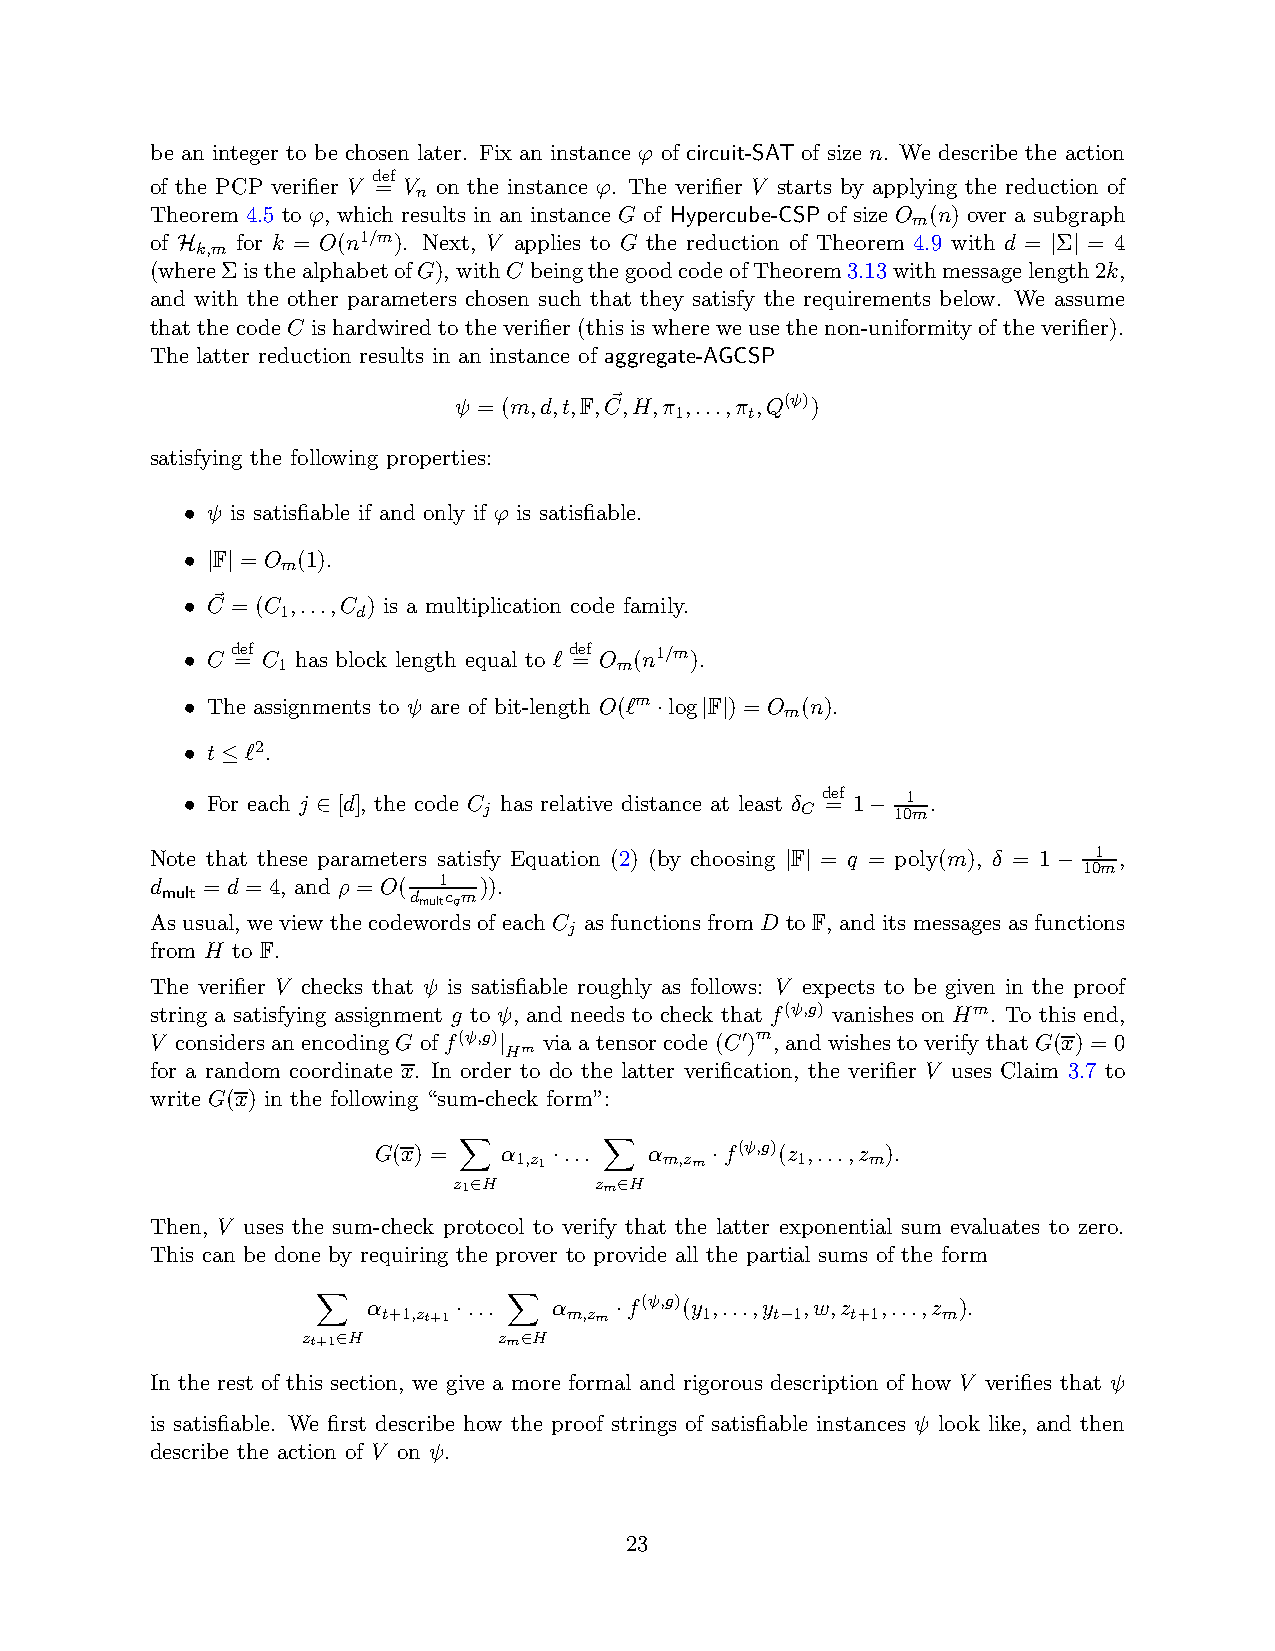
be an integer to be chosen later. Fix an instance ϕ of circuit-SAT of size n. We describe the action
 def
 of the PCP verifier V = V on the instance ϕ. The verifier V starts by applying the reduction of
 n
 Theorem 4.5 to ϕ, which results in an instance G of Hypercube-CSP of size O (n) over a subgraph
 m
 of    for k = O(n1/m). Next, V applies to G the reduction of Theorem 4.9 with d = Σ = 4
 k,m
 H                                                         | |
 (whereΣisthealphabetofG),withC beingthegoodcodeofTheorem3.13withmessagelength2k,
 and with the other parameters chosen such that they satisfy the requirements below. We assume
 that the codeC is hardwiredto the verifier (this is wherewe usethe non-uniformity of theverifier).
 The latter reduction results in an instance of aggregate-AGCSP
 ψ = (m,d,t,F,C~,H,π 1,...,π t,Q(ψ))
 satisfying the following properties:
 ψ is satisfiable if and only if ϕ is satisfiable.
 •
 F = O m(1).
 • | |
 C~ = (C ,...,C ) is a multiplication code family.
 1    d
 •
 C d =ef C has block length equal to ℓ d =ef O (n1/m).
 1                      m
 •
 The assignments to ψ are of bit-length O(ℓm log F )= O m(n).
 •                              ·  | |
 t ℓ2.
 •  ≤
 For each j [d], the code C has relative distance at least δ d =ef 1 1 .
 •        ∈          j                    C    − 10m
 Note that these parameters satisfy Equation (2) (by choosing F = q = poly(m), δ = 1 1 ,
 | |               − 10m
 d  =d = 4, and ρ= O( 1 )).
 mult            dmultcqm
 As usual, we view the codewords of each C
 j
 as functions from D to F, and its messages as functions
 from H to F.
 The verifier V checks that ψ is satisfiable roughly as follows: V expects to be given in the proof
 string a satisfying assignment g to ψ, and needs to check that f(ψ,g) vanishes on Hm. To this end,
 V considers an encodingG of f(ψ,g) via a tensor code (C )m, and wishes to verify that G(x) = 0
 |Hm             ′
 for a random coordinate x. In order to do the latter verification, the verifier V uses Claim 3.7 to
 write G(x) in the following “sum-check form”:
 G(x) =  α   ...   α    f(ψ,g)(z ,...,z ).
 1,z1
 ·
 m,zm
 ·
 1    m
 z X1 ∈H  zmX∈H
 Then, V uses the sum-check protocol to verify that the latter exponential sum evaluates to zero.
 This can be done by requiring the prover to provide all the partial sums of the form
 α      ...   α    f(ψ,g)(y ,...,y ,w,z ,...,z ).
 t+1,zt+1
 ·
 m,zm
 ·
 1    t −1 t+1   m
 zt+X1 ∈H     zmX∈H
 In the rest of this section, we give a more formal and rigorous description of how V verifies that ψ
 is satisfiable. We first describe how the proof strings of satisfiable instances ψ look like, and then
 describe the action of V on ψ.
 23